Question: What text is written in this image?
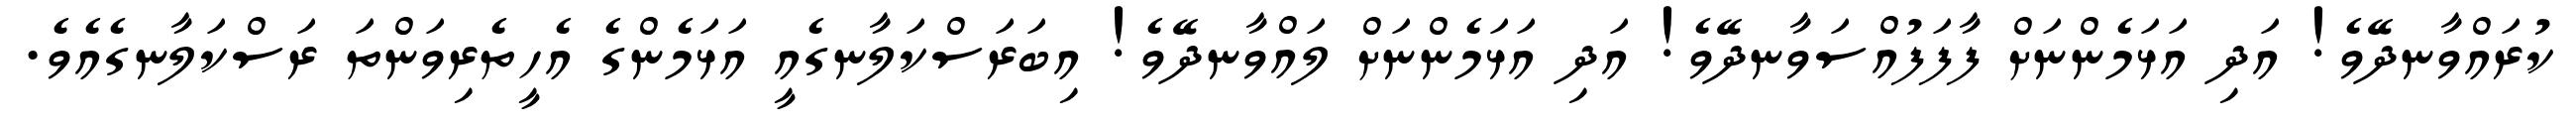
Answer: ކުރައްވާނދޭވެ! އަދި އަޅަމެންނަށް ފާފަފުއްސަވާނދޭވެ! އަދި އަޅަމެންނަށް ލައްވާނދޭވެ! އިބަރަސްކަލާނގެއީ އަޅަމެންގެ އެހީތެރިވަންތަ ރަސްކަލާނގެއެވެ.